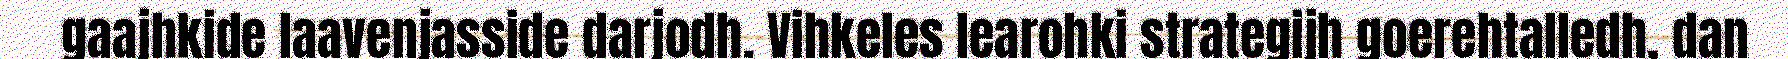
gaajhkide laavenjasside darjodh. Vihkeles learohki strategijh goerehtalledh, dan